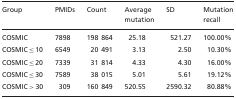
<table><thead><tr><td><b>Group</b></td><td><b>PMIDs</b></td><td><b>Count</b></td><td><b>Average mutation</b></td><td><b>SD</b></td><td><b>Mutation recall</b></td></tr></thead><tbody><tr><td>COSMIC</td><td>7898</td><td>198 864</td><td>25.18</td><td>521.27</td><td>100.00%</td></tr><tr><td>COSMIC ≤ 10</td><td>6549</td><td>20 491</td><td>3.13</td><td>2.50</td><td>10.30%</td></tr><tr><td>COSMIC ≤ 20</td><td>7339</td><td>31 814</td><td>4.33</td><td>4.30</td><td>16.00%</td></tr><tr><td>COSMIC ≤ 30</td><td>7589</td><td>38 015</td><td>5.01</td><td>5.61</td><td>19.12%</td></tr><tr><td>COSMIC <i>&gt; </i>30</td><td>309</td><td>160 849</td><td>520.55</td><td>2590.32</td><td>80.88%</td></tr></tbody></table>